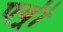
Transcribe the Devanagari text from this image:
एव़्री